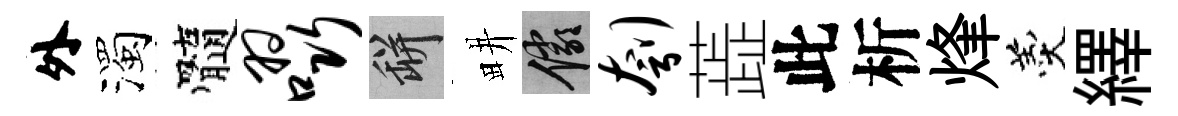
外濁髓啜瓶畊儼刳蕋此析烽羹繹